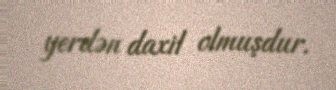
yerdən daxil olmuşdur.